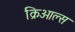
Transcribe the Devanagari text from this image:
क्रिओल्स